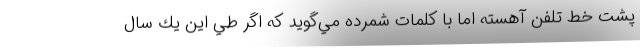
پشت خط تلفن آهسته اما با كلمات شمرده مي‌گويد كه اگر طي اين يك‌ سال